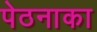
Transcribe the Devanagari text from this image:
पेठनाका